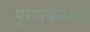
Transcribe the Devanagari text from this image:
पूरणकस्सप